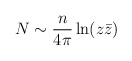
\begin{align*}N \sim \frac{n}{4\pi}\ln(z\bar z)\end{align*}